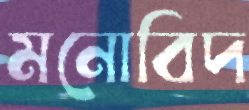
মনোবিদ